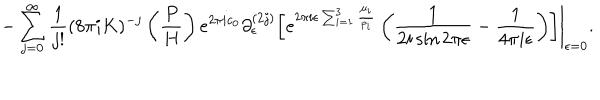
LaTeX: - \sum _ { j = 0 } ^ { \infty } \frac { 1 } { j ! } ( 8 \pi i K ) ^ { - j } \left( \frac { P } { H } \right) e ^ { 2 \pi i c _ { 0 } } \partial _ { \epsilon } ^ { ( 2 j ) } \left. \left[ e ^ { 2 \pi i \epsilon \sum _ { i = 1 } ^ { 3 } \frac { \mu _ { i } } { p _ { i } } } \left( \frac { 1 } { 2 i \sin 2 \pi \epsilon } - \frac { 1 } { 4 \pi i \epsilon } \right) \right] \right| _ { \epsilon = 0 } .